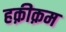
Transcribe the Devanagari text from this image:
हक़ीक़म